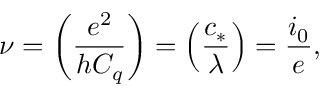
\nu = \left( \frac { e ^ { 2 } } { h C _ { q } } \right) = \left( \frac { c _ { * } } { \lambda } \right) = \frac { i _ { 0 } } { e } ,